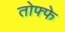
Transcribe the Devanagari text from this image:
तोफ्फे